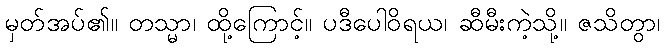
မှတ်အပ်၏။ တသ္မာ၊ ထို့ကြောင့်။ ပဒီပေါဝိရယ၊ ဆီမီးကဲ့သို့။ ဇသိတွာ၊